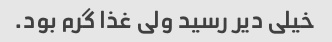
خیلی دیر رسید ولی غذا گرم بود.